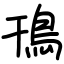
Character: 鳱